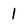
Character: 1